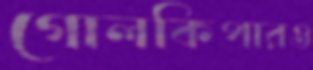
গোলকিপারও